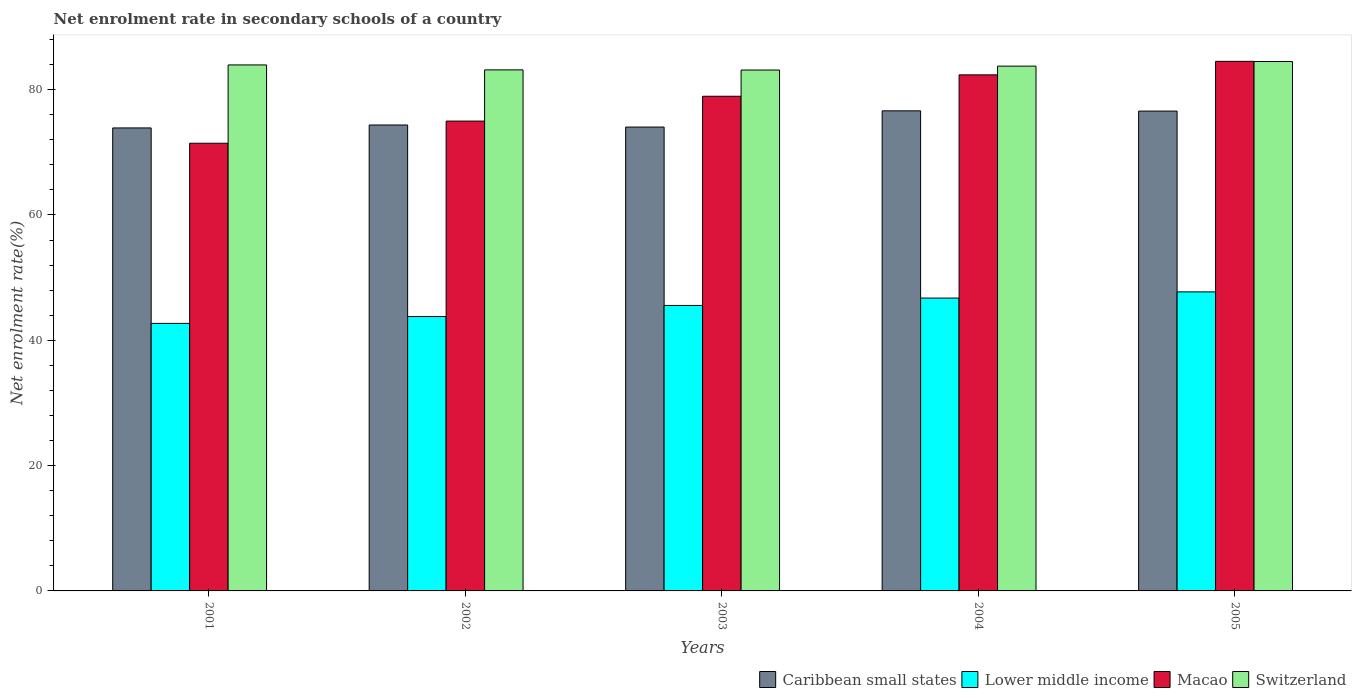
| Years | Caribbean small states | Lower middle income | Macao | Switzerland |
 | --- | --- | --- | --- | --- |
 | 2001 | 73.9 | 42.7 | 71.4 | 83.9 |
 | 2002 | 74.4 | 43.8 | 75 | 83.2 |
 | 2003 | 74 | 45.6 | 78.9 | 83.1 |
 | 2004 | 76.6 | 46.7 | 82.4 | 83.8 |
 | 2005 | 76.6 | 47.7 | 84.5 | 84.5 |